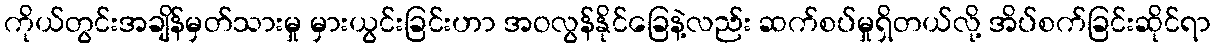
ကိုယ်တွင်းအချိန်မှတ်သားမှု မှားယွင်းခြင်းဟာ အဝလွန်နိုင်ခြေနဲ့လည်း ဆက်စပ်မှုရှိတယ်လို့ အိပ်စက်ခြင်းဆိုင်ရာ